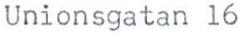
Unionsgatan 16